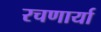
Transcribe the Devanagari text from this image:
रचणार्या